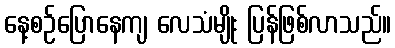
နေ့စဉ်ပြောနေကျ လေသံမျိုး ပြန်ဖြစ်လာသည်။